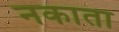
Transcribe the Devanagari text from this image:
नकाता